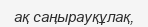
ақ саңырауқұлақ,